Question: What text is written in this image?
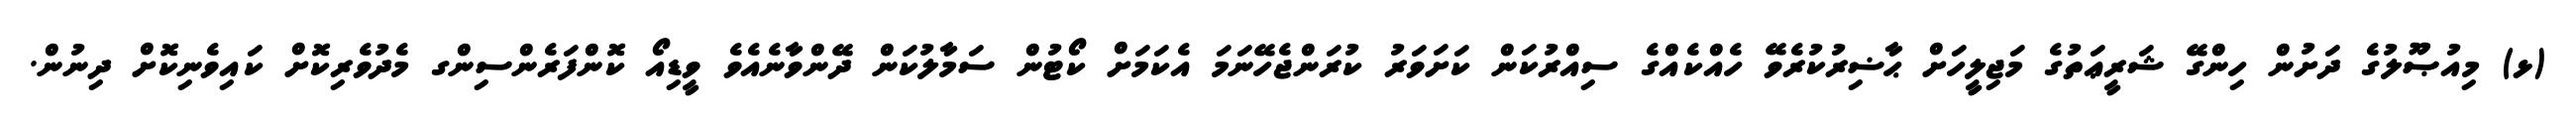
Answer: (ޅ) މިއުޞޫލުގެ ދަށުން ހިންގޭ ޝަރީޢަތުގެ މަޖިލީހަށް ޙާޟިރުކުރެވޭ ހެއްކެއްގެ ސިއްރުކަން ކަށަވަރު ކުރަންޖެހޭނަމަ އެކަމަށް ކޯޓުން ސަމާލުކަން ދޭންވާނެއެވެ ވީޑިއޯ ކޮންފަރެންސިންގ މެދުވެރިކޮށް ކައިވެނިކޮށް ދިނުން.